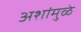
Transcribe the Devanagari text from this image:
अशांमुळे